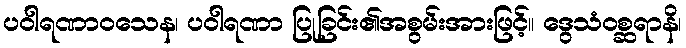
ပဝါရဏာဝသေန၊ ပဝါရဏာ ပြုခြင်း၏အစွမ်းအားဖြင့်။ ဒွေသံဝစ္ဆရာနိ၊